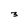
Character: 3